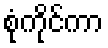
စုံကိုင်ကာ